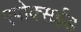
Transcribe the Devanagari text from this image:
एपोक्सईड